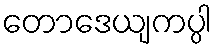
တောဒေယျကပ္ပါ